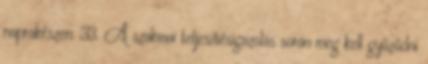
naprakészen. 33. A szakmai teljesítésigazolás során meg kell győződni